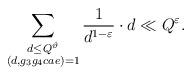
LaTeX: \begin{align*}\sum_{\substack{d\leq Q^{\vartheta} \\ (d,g_3g_4cae )=1}} \frac{1}{d^{1-\varepsilon}} \cdot d \ll Q^{\varepsilon}.\end{align*}